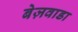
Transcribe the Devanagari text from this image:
बेज़वाडा